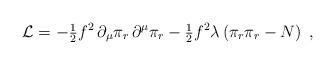
LaTeX: \begin{align*}{\cal L}=-\mbox{\small$\frac{1}{2}$}f^2\,\partial_\mu\pi_r\,\partial^\mu\pi_r- \mbox{\small$\frac{1}{2}$}f^2\lambda\left(\pi_r\pi_r-N\right)\;,\end{align*}